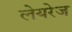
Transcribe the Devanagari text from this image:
लेयरेज